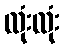
လုံးလုံး